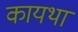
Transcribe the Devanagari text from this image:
कायथा